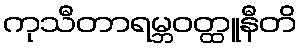
ကုသီတာရမ္ဘဝတ္ထူနီတိ